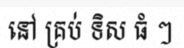
នៅ គ្រប់ ទិស ធំ ៗ